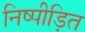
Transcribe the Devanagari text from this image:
निष्पीड़ित